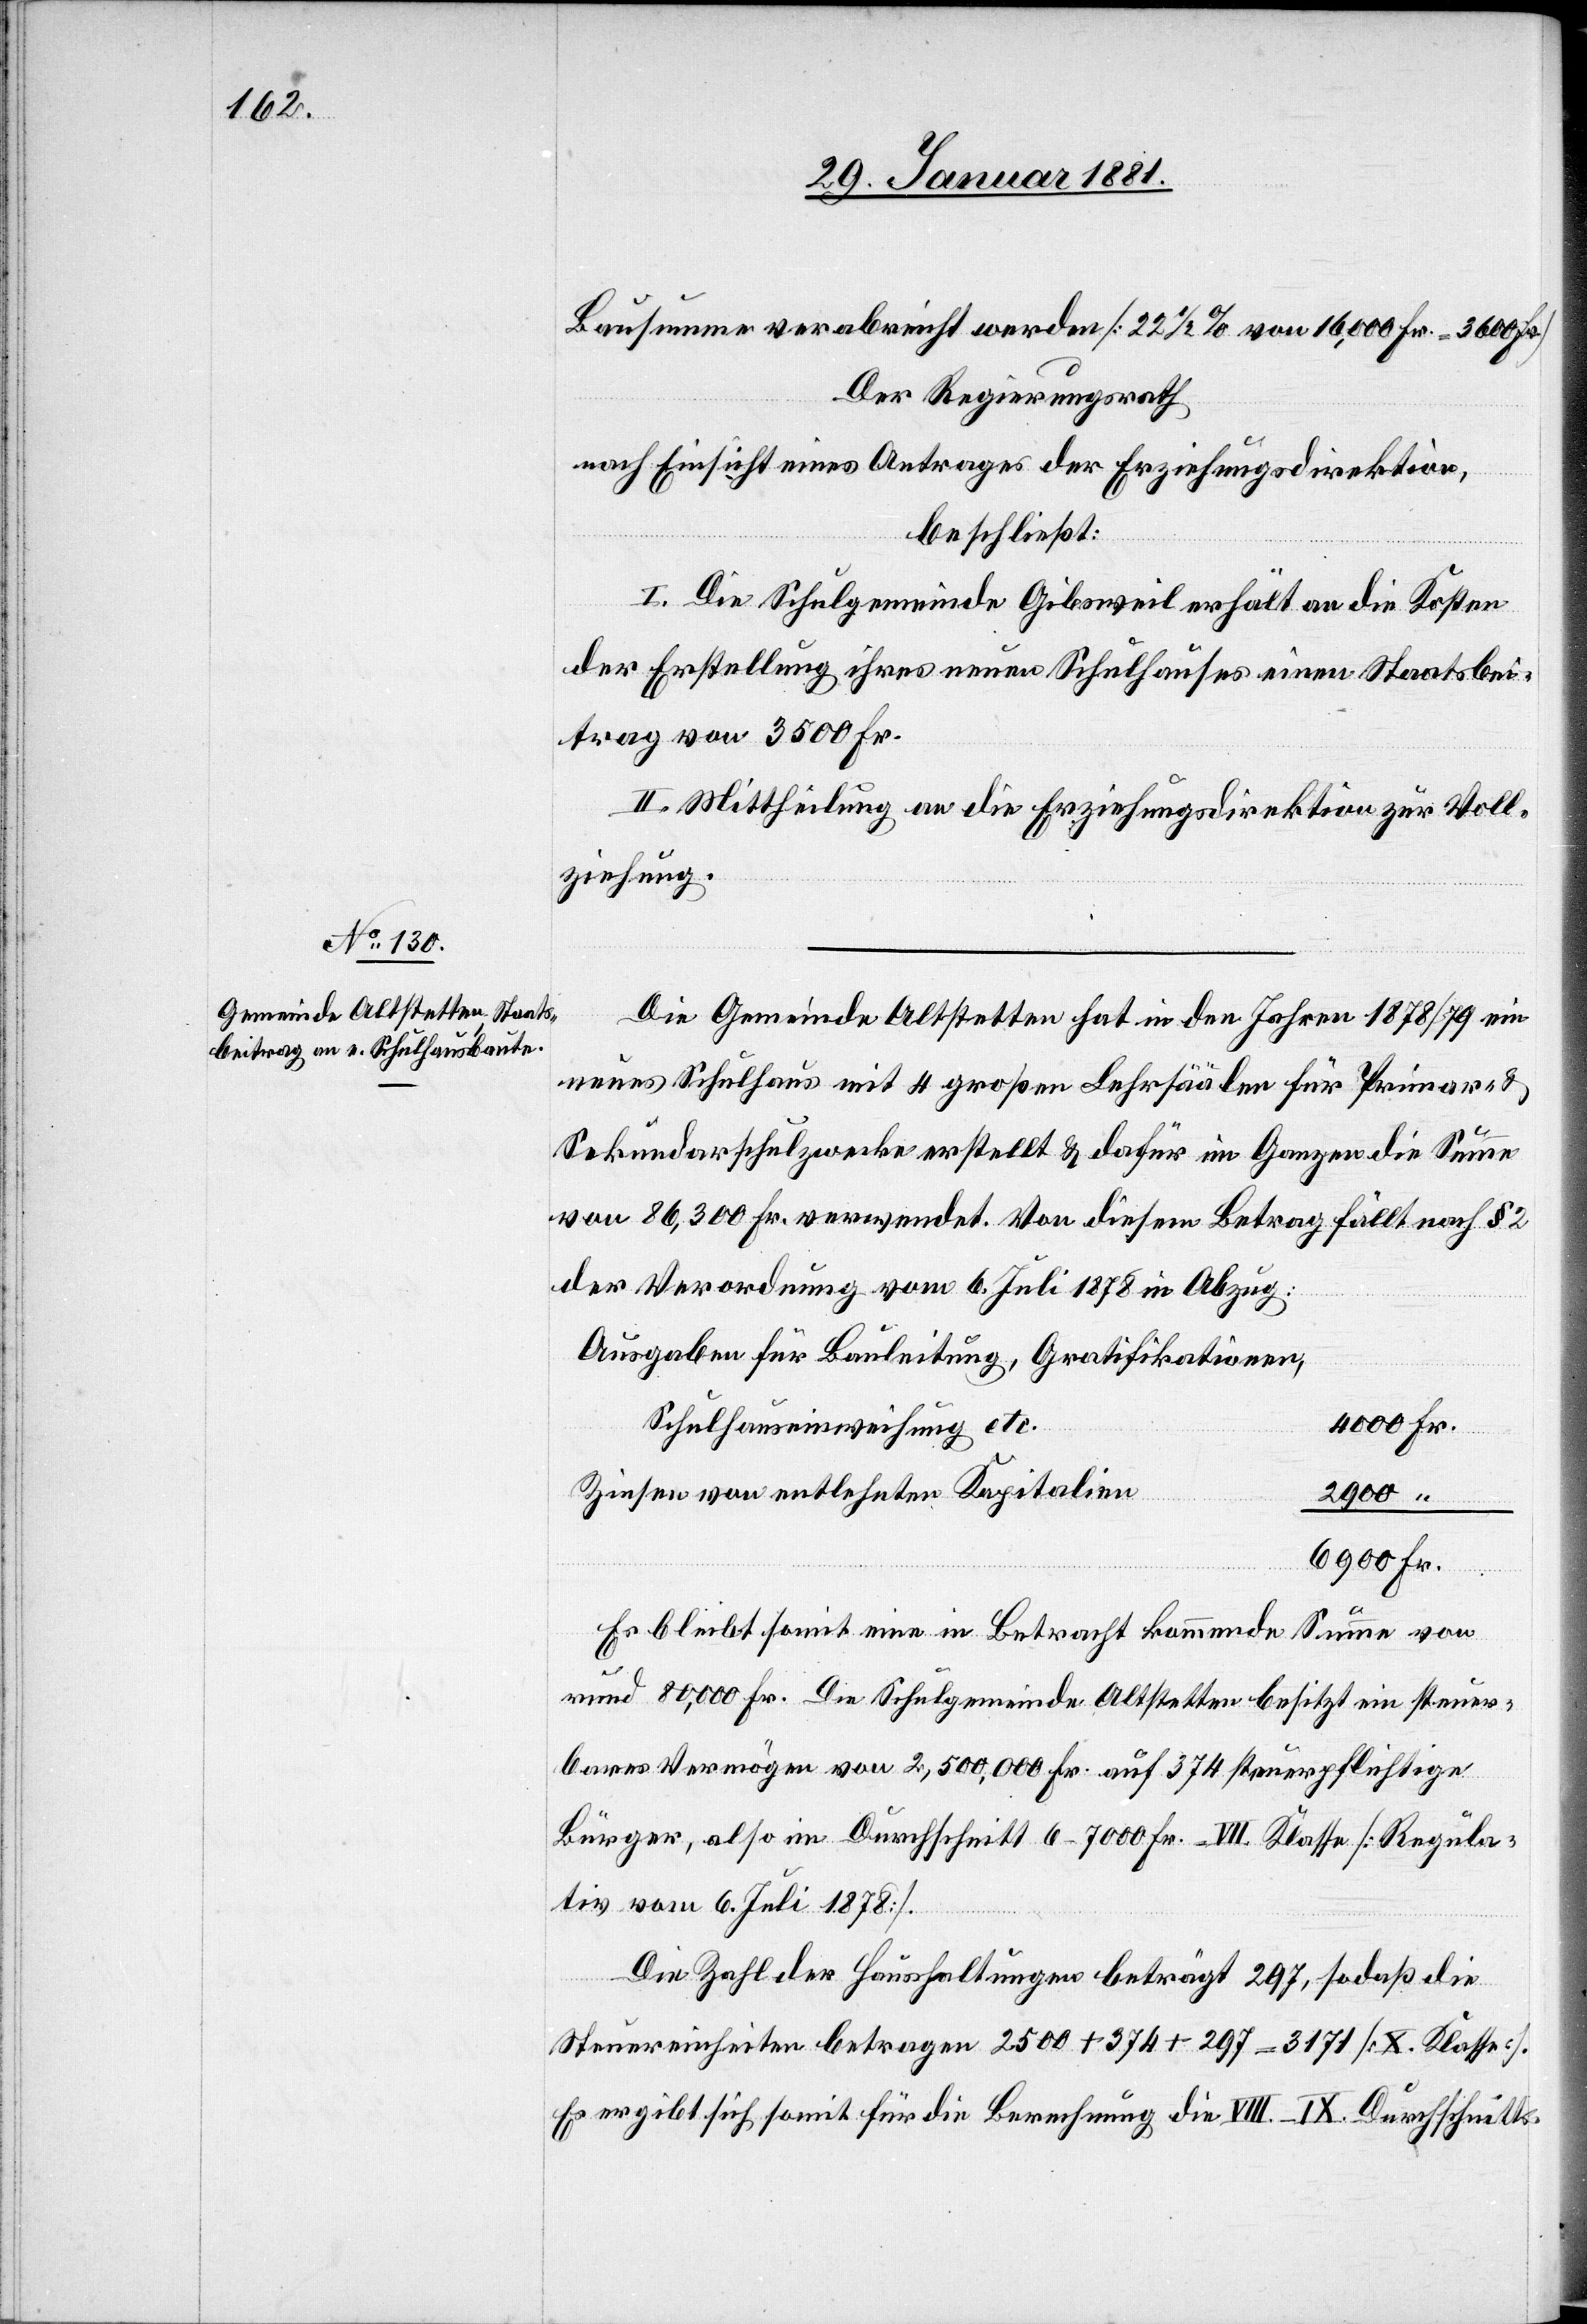
Bausumme verabreicht werden [22 1/2% von 16,000 Fr. = 3600
Der Regierungsrath
nach Einsicht eines Antrages der Erziehungsdirektion,
beschließt:
I. Die Schulgemeinde Gibsweil erhält an die Kosten
der Erstellung ihres neuen Schulhauses einen Staatsbei¬
trag von 3500 Fr.
II. Mittheilung an die Erziehungsdirektion zur Voll¬
ziehung.
Die Gemeinde Altstetten hat in den Jahren 1878/79 ein
neues Schulhaus mit 4 großen Lehrsäälen für Primat- &
Sekundarschulzwecke erstellt & dafür im Ganzen die Summe
von 86,300 Fr. verwendet. Von diesem Betrag fällt nach § 2
der Verordnung vom 6. Juli 1878 in Abzug:
Ausgaben für Bauleitung, Gratifikationen,
Schulhauseinweihung etc.
Zinsen von entlehnten Kapitalien
6900
Es bleibt somit eine in Betracht kommende Summe von
rund 80,000 Fr. Die Schulgemeinde Altstetten besitzt ein steuer¬
bares Vermögen von 2,500,000 Fr. auf 374 steuerpflichtige
Bürger, also im Durchschnitt 6–7000 Fr. VII Klasse [Regula¬
tiv vom 6. Juli 1878].
Die Zahl der Haushaltungen beträgt 297, sodaß die
Steuereinheiten betragen 2500 + 374 + 297 + = 3171 [X. Klasse].
Es ergibt sich somit für die Berechnung die VIII.–IX. Durchschnitts-